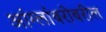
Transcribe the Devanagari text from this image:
आंग्लांबरोबरील